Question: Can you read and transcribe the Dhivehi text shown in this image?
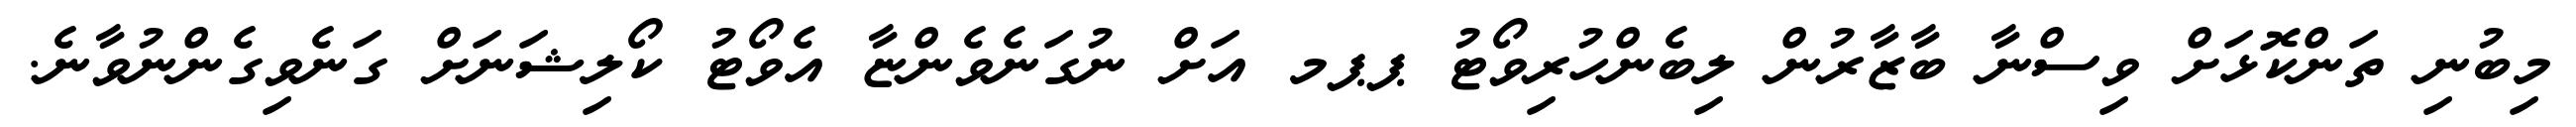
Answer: މިބުނި ތަންކޮޅަށް ވިސްނާ ބާޒާރުން ލިބެންހުރިވޯޓު ޕޕމ އަށް ނުގަނެވެންޏާ އެވޯޓު ކޯލިޝަނަށް ގަނެވިގެންނުވާނެ.